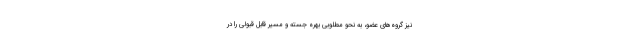
نيز گروه‌هاي عضو، به نحو مطلوبي بهره جسته و مسير قابل قبولي را در